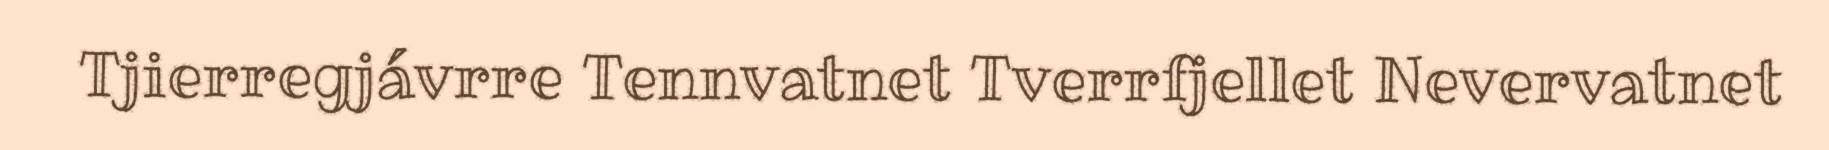
Tjierregjávrre Tennvatnet Tverrfjellet Nevervatnet